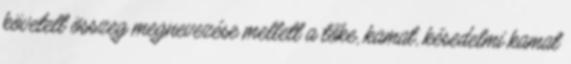
követelt összeg megnevezése mellett a tőke, kamat, késedelmi kamat